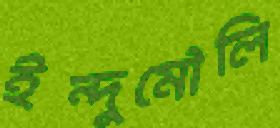
ইন্দুমৌলি